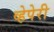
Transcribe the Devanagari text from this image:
व्हेपेरी